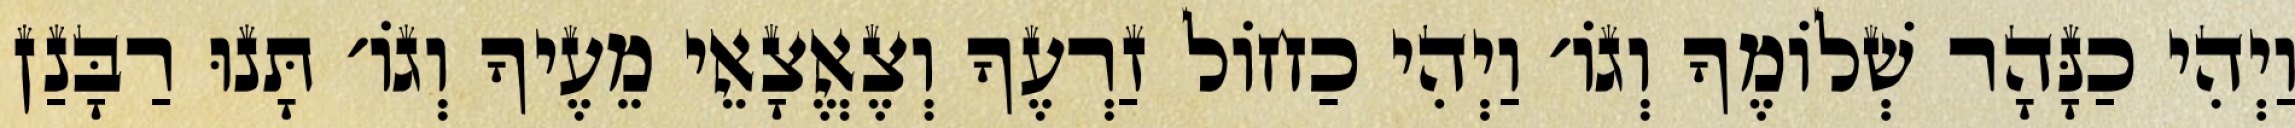
וַיְהִי כַנָּהָר שְׁלוֹמֶךָ וְגוֹ׳ וַיְהִי כַחוֹל זַרְעֶךָ וְצֶאֱצָאֵי מֵעֶיךָ וְגוֹ׳ תָּנוּ רַבָּנַן